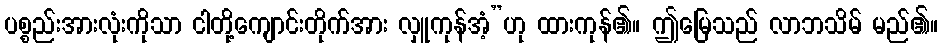
ပစ္စည်းအားလုံးကိုသာ ငါတို့ကျောင်းတိုက်အား လှူကုန်အံ့”ဟု ထားကုန်၏။ ဤမြေသည် လာဘသိမ် မည်၏။